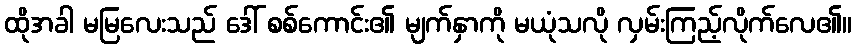
ထိုအခါ မမြလေးသည် ဒေါ် စစ်ကောင်း၏ မျက်နှာကို မယုံသလို လှမ်းကြည့်လိုက်လေ၏။